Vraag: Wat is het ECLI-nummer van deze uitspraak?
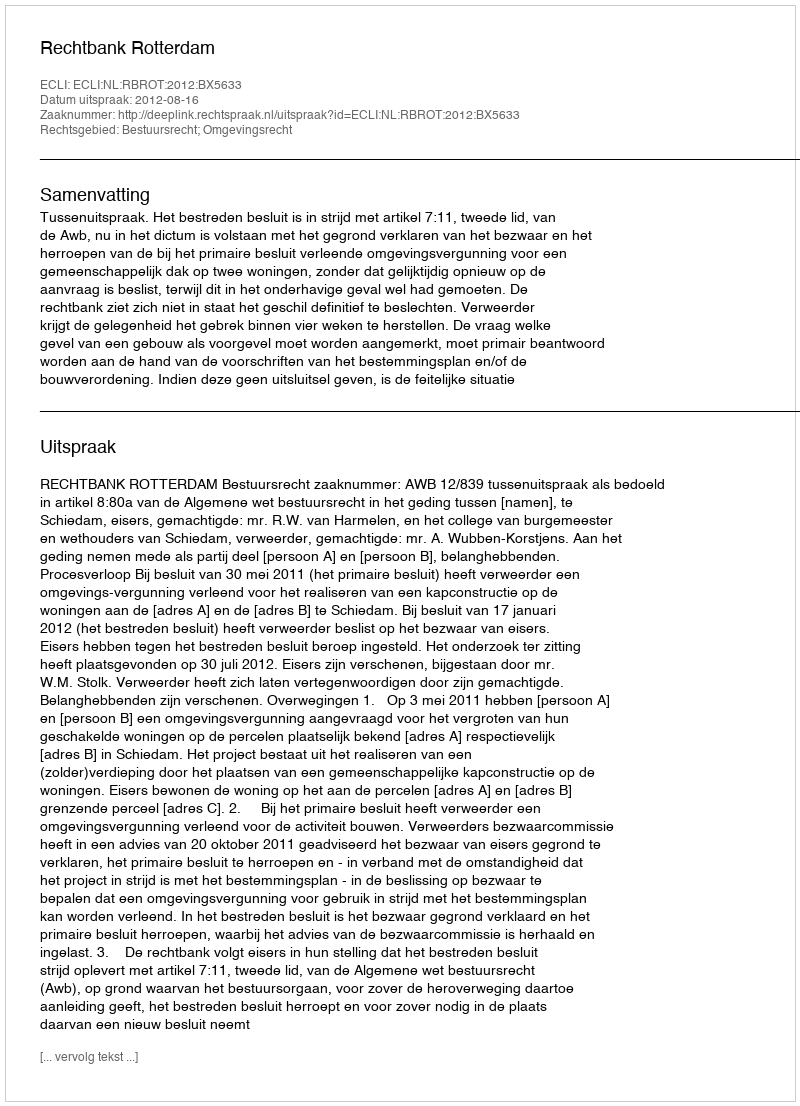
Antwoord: ECLI:NL:RBROT:2012:BX5633